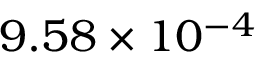
9 . 5 8 \times 1 0 ^ { - 4 }